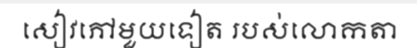
សៀវភៅមួយទៀត របស់លោកតា